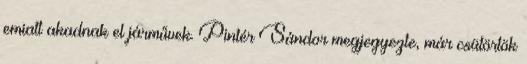
emiatt akadnak el járművek. Pintér Sándor megjegyezte, már csütörtök